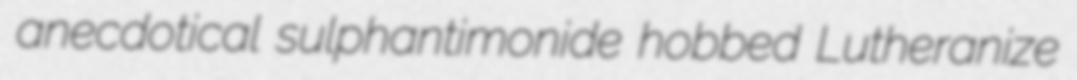
anecdotical sulphantimonide hobbed Lutheranize